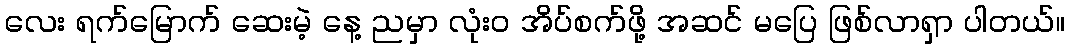
လေး ရက်မြောက် ဆေးမဲ့ နေ့ ညမှာ လုံးဝ အိပ်စက်ဖို့ အဆင် မပြေ ဖြစ်လာရှာ ပါတယ်။